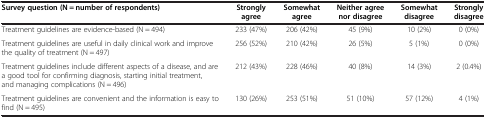
| Survey question(N = number of respondents) | Strongly agree | Somewhat agree | Neither agree nor disagree | Somewhat disagree | Strongly disagree |
 | --- | --- | --- | --- | --- | --- |
 | Treatment guidelines are evidence-based (N = 494) | 233 (47%) | 206 (42%) | 45 (9%) | 10 (2%) | 0 (0%) |
 | Treatment guidelines are useful in daily clinical work and improve the quality of treatment (N = 497) | 256 (52%) | 210 (42%) | 26 (5%) | 5 (1%) | 0 (0%) |
 | Treatment guidelines include different aspects of a disease, and are a good tool for confirming diagnosis, starting initial treatment, and managing complications (N = 496) | 212 (43%) | 228 (46%) | 40 (8%) | 14 (3%) | 2 (0.4%) |
 | Treatment guidelines are convenient and the information is easy to find (N = 495) | 130 (26%) | 253 (51%) | 51 (10%) | 57 (12%) | 4 (1%) |